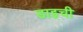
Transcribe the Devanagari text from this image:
डाइची